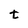
Character: t